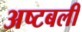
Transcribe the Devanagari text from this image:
अष्टबली